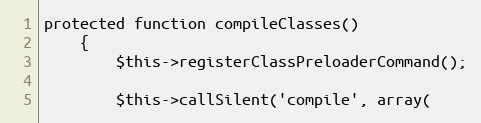
Language: PHP
protected function compileClasses()
	{
		$this->registerClassPreloaderCommand();

		$this->callSilent('compile', array(